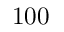
1 0 0